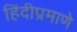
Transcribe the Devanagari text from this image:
हिंदीप्रमाणे